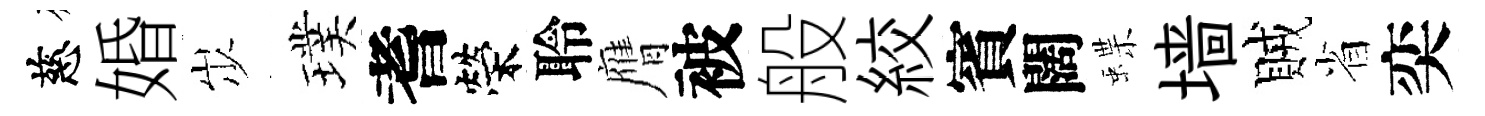
慈婚𡵯璞耆榮聆膺被般絞賓闊蝶墙賊省奕